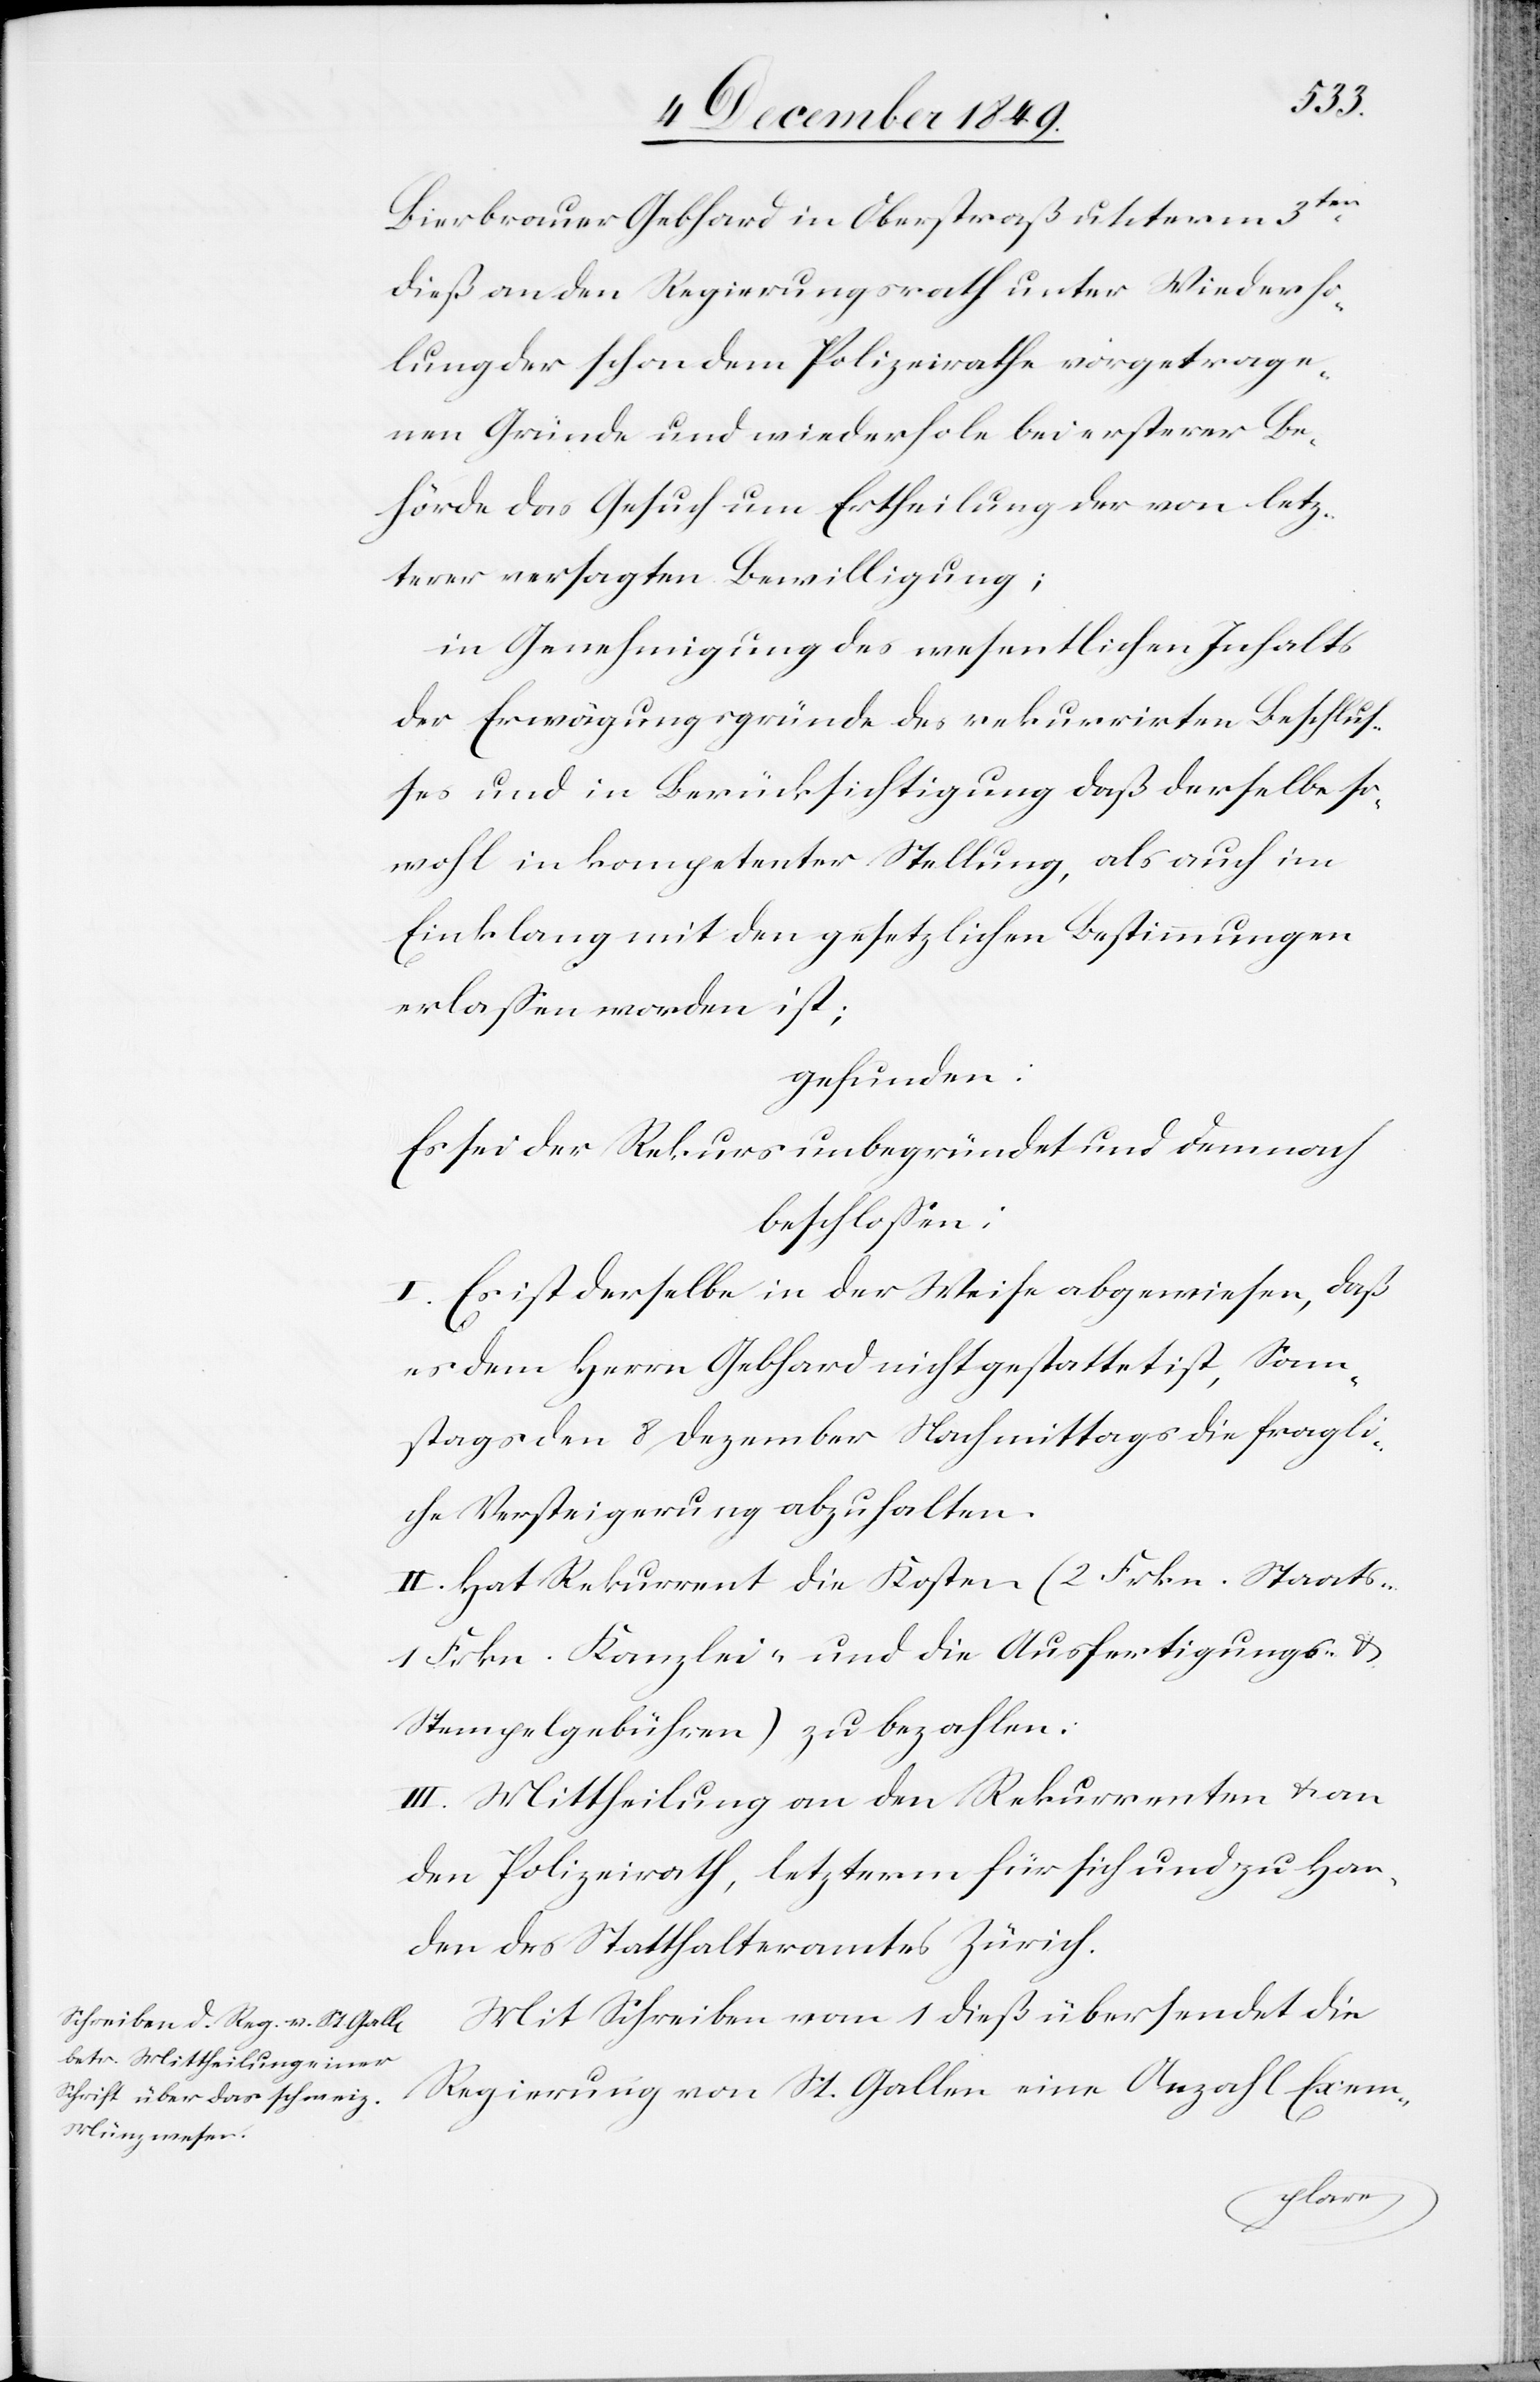
Bierbrauer Gebhard in Oberstraß unterm 3ten
dieß an den Regierungsrath unter Wiederho¬
lung der schon dem Polizeirathe vorgetrage¬
nen Gründe und wiederhole bei ersterer Be¬
hörde das Gesuch um Ertheilung der von letz¬
terer versagten Bewilligung;
in Genehmigung des wesentlichen Inhaltes
der Erwägungsgründe des rekurrirten Beschluß¬
es und in Berücksichtigung daß derselbe so¬
wohl in kompetenter Stellung, als auch im
Einklang mit den gesetzlichen Bestimmungen
erlaßen worden ist;
gefunden:
Es sei der Rekurs unbegründet und dennoch
beschloßen:
I. Es ist derselbe in der Weise abgewiesen, daß
es dem Herrn Gebhard nicht gestattet ist, Sonn¬
tags den 8 Dezember Nachmittags die fragli¬
che Versteigerung abzuhalten.
II. Hat Rekurrent die Kosten (2 Frkn. Staats
1 Frkn. Kanzlei- und die Ausfertigungs- u.
Stempelgebühren) zu bezahlen.
III. Mittheilung an den Rekurrenten u. an
den Polizeirath, letzterm für sich und zu Han¬
den des Statthalteramtes Zürich.
Mit Schreiben vom 1 dieß übersendet die
Regierung von St. Gallen eine Anzahl Exem-